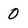
Character: 0